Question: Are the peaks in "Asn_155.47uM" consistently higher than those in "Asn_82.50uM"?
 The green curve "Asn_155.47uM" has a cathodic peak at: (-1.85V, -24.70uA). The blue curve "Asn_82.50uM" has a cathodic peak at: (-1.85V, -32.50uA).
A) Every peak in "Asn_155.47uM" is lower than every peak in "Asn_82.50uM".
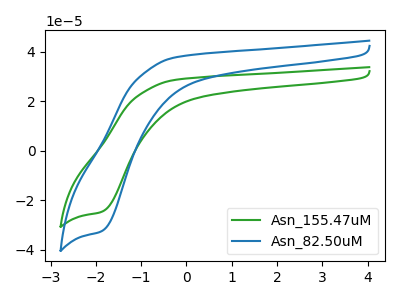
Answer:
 <answer>A) Every peak in "Asn_155.47uM" is lower than every peak in "Asn_82.50uM".</answer>
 <eval>A</eval>